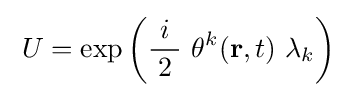
\;U=\exp \left({\frac {\ i\ }{2}}\ \theta ^{k}({\mathbf {r} },t)\ \lambda _{k}\right)\;